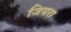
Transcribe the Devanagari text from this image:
जियरा